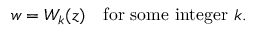
w = W _ { k } ( z ) \ \ { \mathrm { ~ f o r ~ s o m e ~ i n t e g e r ~ } } k .